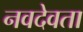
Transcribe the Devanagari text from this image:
नवदेवता